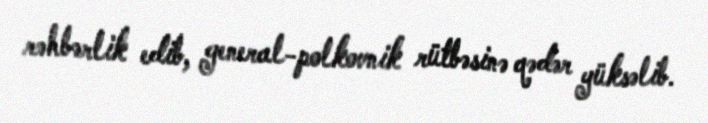
rəhbərlik edib, general-polkovnik rütbəsinə qədər yüksəlib.